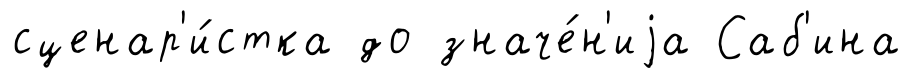
сценар'и́стка до значе́н'иjа Саб'ина